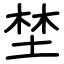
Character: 埜